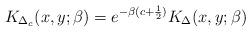
LaTeX: \begin{align*}K_{\Delta_c}(x,y;\beta) = e^{- \beta(c+{1\over 2})} K_{\Delta} (x,y;\beta)\end{align*}